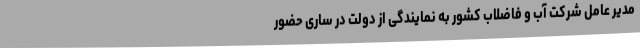
مدیر عامل شرکت آب و فاضلاب کشور به نمایندگی از دولت در ساری حضور